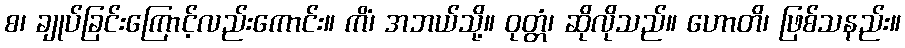
စ၊ ချုပ်ခြင်းကြောင့်လည်းကောင်း။ ကိံ၊ အဘယ်သို့။ ဝုတ္တံ၊ ဆိုလိုသည်။ ဟောတိ၊ ဖြစ်သနည်း။